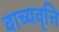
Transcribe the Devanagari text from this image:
वाच्यवृत्ति